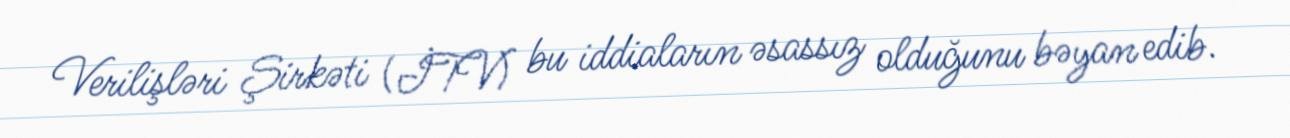
Verilişləri Şirkəti (İTV) bu iddiaların əsassız olduğunu bəyan edib.